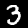
Digit: 3